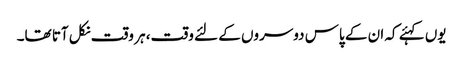
یوں کہئے کہ ان کے پاس دوسروں کے لئے وقت، ہر وقت نکل آتا تھا۔